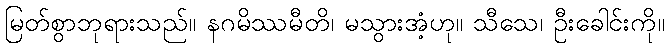
မြတ်စွာဘုရားသည်။ နဂမိဿမီတိ၊ မသွားအံ့ဟု။ သီသေ၊ ဦးခေါင်းကို။